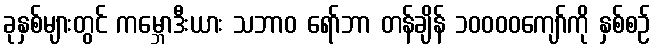
ခုနှစ်များတွင် ကမ္ဘောဒီးယား သဘာဝ ရော်ဘာ တန်ချိန် ၁၀၀၀၀ကျော်ကို နှစ်စဉ်